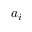
a _ { i }